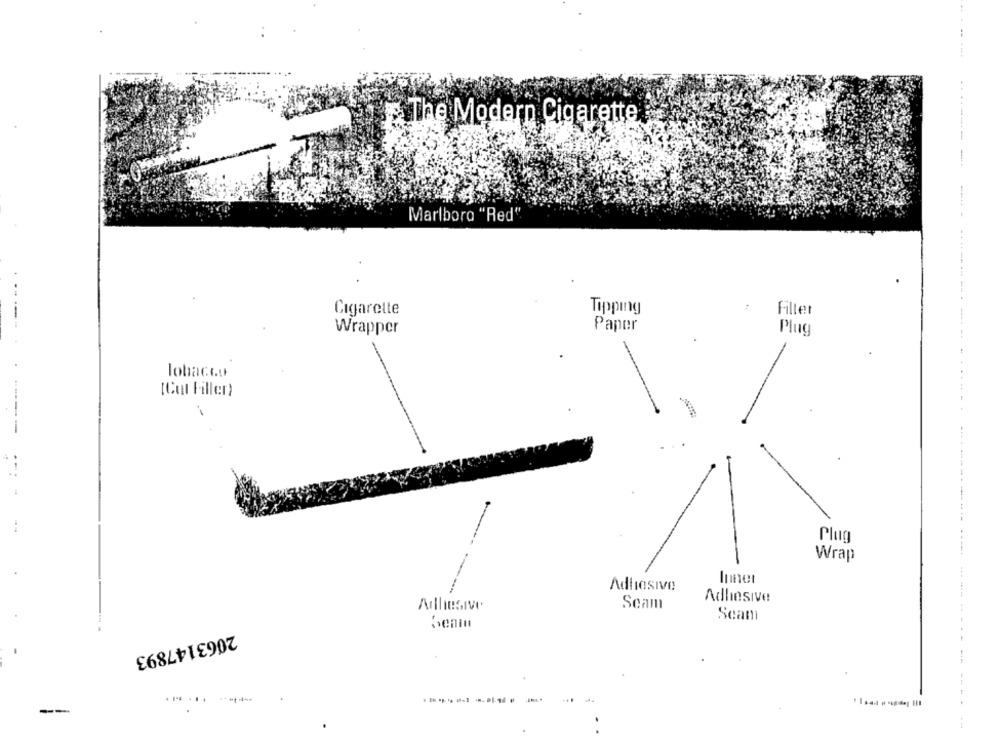
The Modern Cigarette
Marlboro "Red"
Cigarette
Tipping
Filter
---
Paper
Wrapper
Plug
-
lohaceo
[Cut Filler)
-----
Plug
Wrap
Inner
Adliasive
-
Adhesive
Allesive
Scam
Scam
Senin
2063147893
-
--